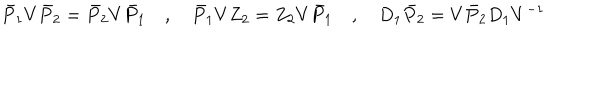
\bar { P } _ { 1 } V \bar { P } _ { 2 } = \bar { P } _ { 2 } V \bar { P } _ { 1 } \quad , \quad \bar { P } _ { 1 } V Z _ { 2 } = Z _ { 2 } V \bar { P } _ { 1 } \quad , \quad D _ { 1 } \bar { P } _ { 2 } = V \bar { P } _ { 2 } D _ { 1 } V ^ { - 1 }